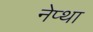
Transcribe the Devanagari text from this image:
नेप्था